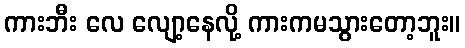
ကားဘီး လေ လျော့နေလို့ ကားကမသွားတော့ဘူး။